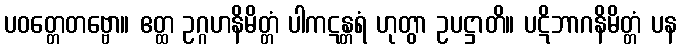
ပဝတ္တေတဗ္ဗော။ ဧတ္ထ ဥဂ္ဂဟနိမိတ္တံ ပါကဋန္တရံ ဟုတွာ ဥပဋ္ဌာတိ။ ပဋိဘာဂနိမိတ္တံ ပန